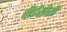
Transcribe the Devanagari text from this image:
वीईसीसी